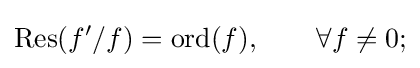
\operatorname {Res} (f'/f)=\operatorname {ord} (f),\qquad \forall f\neq 0;